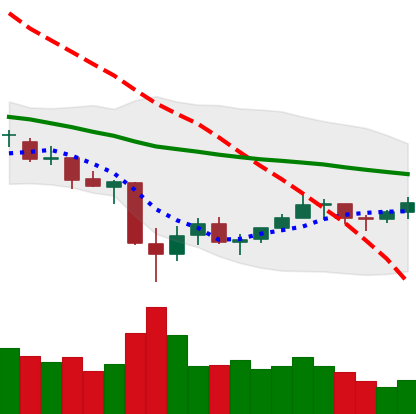
Ticker: LTC-USD
Chart end date: 2021-07-04
Forward return: -7.132%
Label: down_7plus